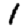
Digit: 1